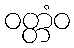
ဝတ္တံဝ